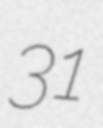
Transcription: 31